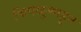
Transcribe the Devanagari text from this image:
चिपळुणाहून